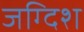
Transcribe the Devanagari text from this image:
जग्दिश